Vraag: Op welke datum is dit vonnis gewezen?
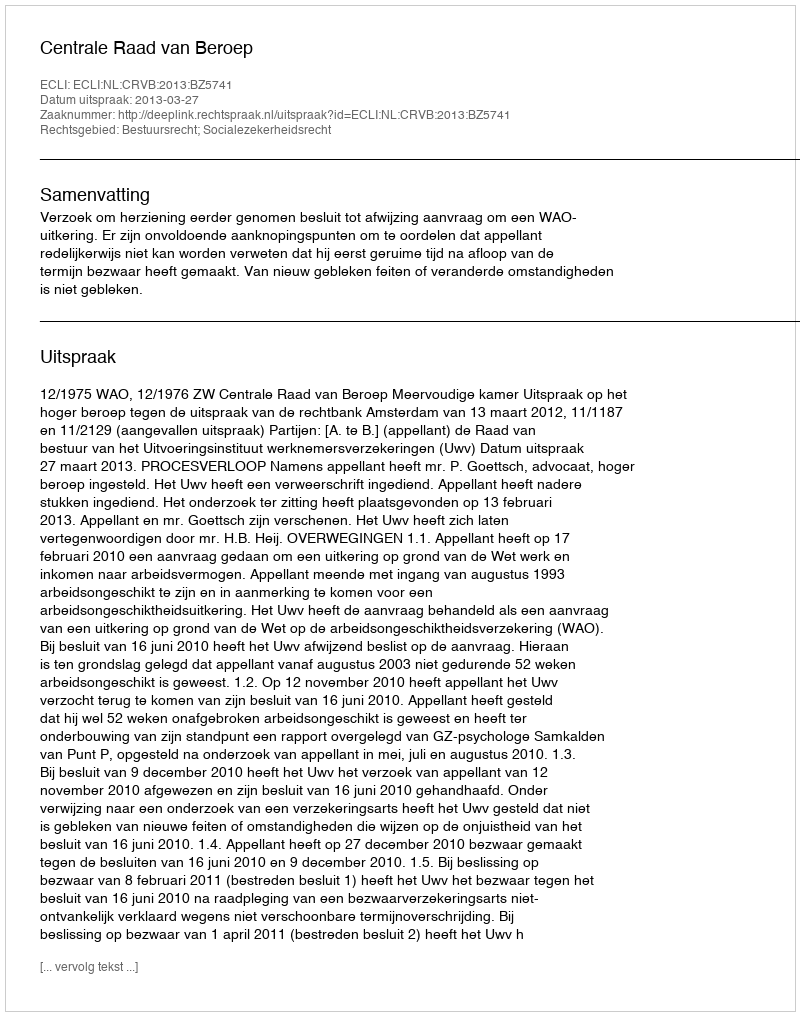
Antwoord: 2013-03-27